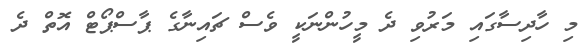
މި ހާދިސާގައި މަރުވި ދެ މީހުންނަކީ ވެސް ޗައިނާގެ ޕާސްޕޯޓް އޮތް ދެ